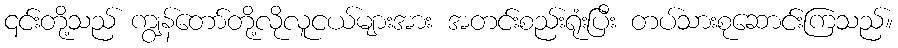
၎င်းတို့သည် ကျွန်တော်တို့လိုလူငယ်များအား အတင်းစည်းရုံးပြီး တပ်သားစုဆောင်းကြသည်။